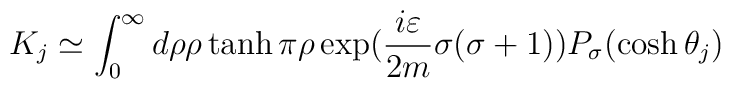
K_{j}\simeq\int_{0}^{\infty}d\rho\rho\tanh\pi\rho\exp(\frac{i\varepsilon}{2m}\sigma(\sigma+1)) P_{\sigma}(\cosh\theta_{j})